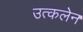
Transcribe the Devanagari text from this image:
उत्कलेन